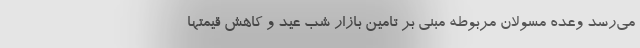
می‌رسد وعده مسولان مربوطه مبنی بر تامین بازار شب عید و کاهش قیمتها